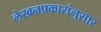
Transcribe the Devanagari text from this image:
लेखनप्रकारांनुसार